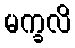
မက္ခလိ